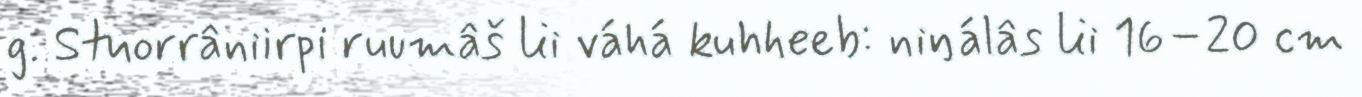
g. Stuorrâniirpi ruumâš lii váhá kuhheeb: niŋálâs lii 16–20 cm